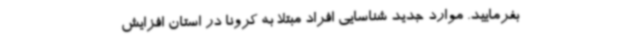
بفرمایید. موارد جدید شناسایی افراد مبتلا به کرونا در استان افزایش